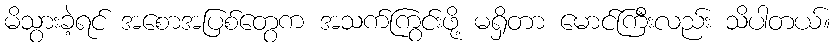
မိသွားခဲ့ရင် အစောအပြစ်တွေက အသက်ကြွင်းဖို့ မရှိတာ မောင်ကြီးလည်း သိပါတယ်။